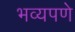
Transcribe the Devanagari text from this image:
भव्यपणे